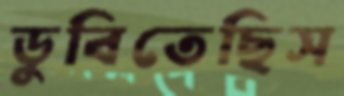
ডুবিতেছিস